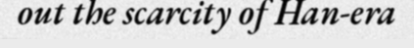
out the scarcity of Han-era